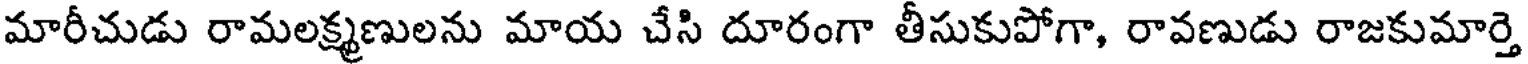
మారీచుడు రామలక్ష్మణులను మాయ చేసి దూరంగా తీసుకుపోగా, రావణుడు రాజకుమార్తె